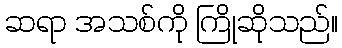
ဆရာ အသစ်ကို ကြိုဆိုသည်။